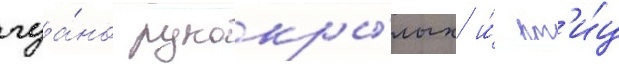
гуа́но рукокры́лых и́ пт'и́ц